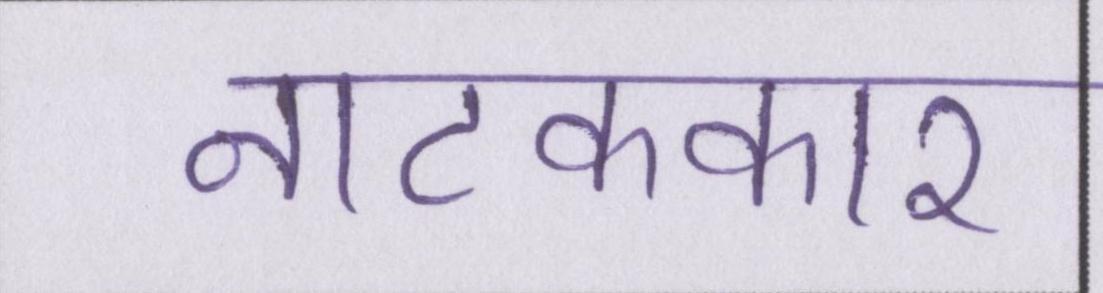
नाटककार